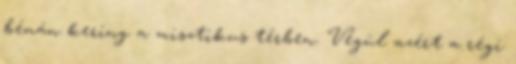
bénán kering a misztikus térben. Végül azért a régi